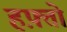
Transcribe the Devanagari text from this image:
हफ़्तो